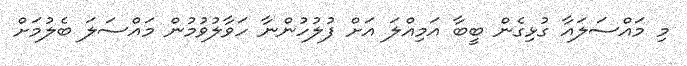
މި މައްސަލައާ ގުޅިގެން ބީބާ އަމިއްލަ އަށް ފުލުހުންނާ ހަވާލުވުމުން މައްސަލަ ބެލުމަށް